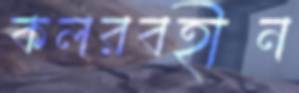
কলরবহীন